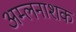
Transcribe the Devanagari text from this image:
अम्लनाशक